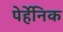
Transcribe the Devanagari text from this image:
पेर्हेनिक